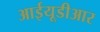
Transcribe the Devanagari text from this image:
आईयूडीआर